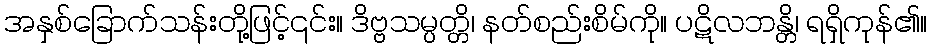
အနှစ်ခြောက်သန်းတို့ဖြင့်၎င်း။ ဒိဗ္ဗသမ္ပတ္တိ၊ နတ်စည်းစိမ်ကို။ ပဋိလဘန္တိ၊ ရရှိကုန်၏။